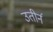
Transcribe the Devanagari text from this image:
उतीर्न